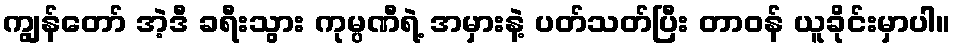
ကျွန်တော် အဲ့ဒီ ခရီးသွား ကုမ္ပဏီရဲ့ အမှားနဲ့ ပတ်သတ်ပြီး တာဝန် ယူခိုင်းမှာပါ။